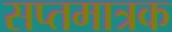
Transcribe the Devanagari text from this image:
सप्तमात्रक